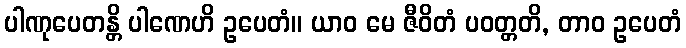
ပါဏုပေတန္တိ ပါဏေဟိ ဥပေတံ။ ယာဝ မေ ဇီဝိတံ ပဝတ္တတိ, တာဝ ဥပေတံ